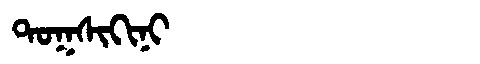
Manchu: ᡨᠣᡴᠰᡳᡴᡳᠨᡳ
Romanization: TOKSIKINI